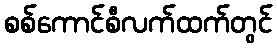
စစ်ကောင်စီလက်ထက်တွင်